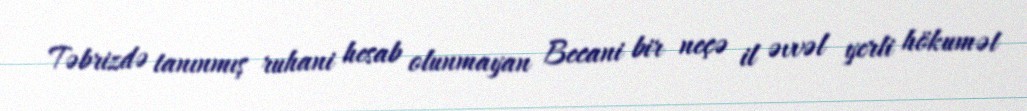
Təbrizdə tanınmış ruhani hesab olunmayan Becani bir neçə il əvvəl yerli hökumət